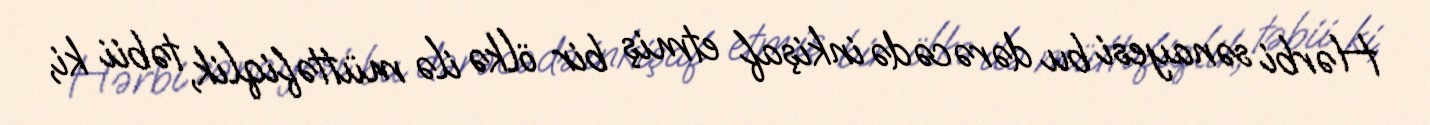
Hərbi sənayesi bu dərəcədə inkişaf etmiş bir ölkə ilə müttəfiqlik, təbii ki,